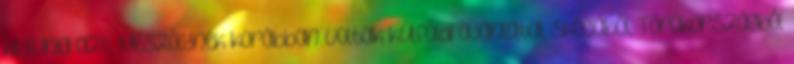
kivívnia azt. Mészölynek korábban voltak külföldi ajánlatai, Skóciából, Törökországból